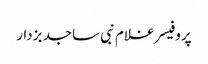
پروفیسر غلام نبی ساجد بزدار